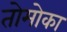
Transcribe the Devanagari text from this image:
तोमोका